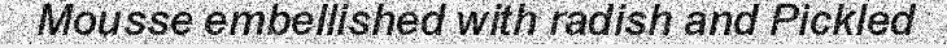
Mousse embellished with radish and Pickled